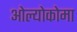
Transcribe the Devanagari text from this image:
ओल्योकोमा